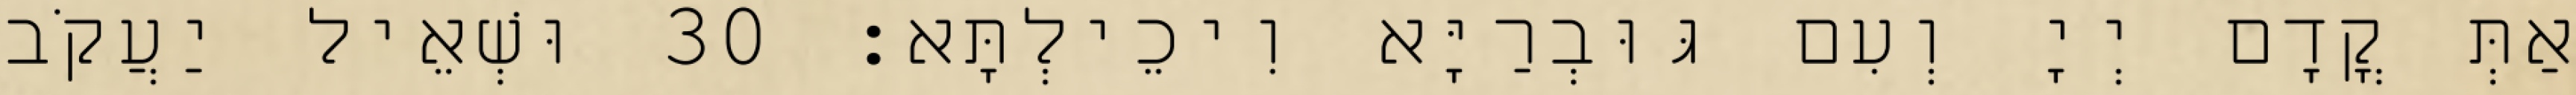
אַתְּ קֳדָם יְיָ וְעִם גּוּבְרַיָּא וִיכֵילְתָּא׃ 30 וּשְׁאֵיל יַעֲקֹב